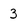
Character: 3